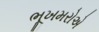
ભૂખમરોએ